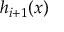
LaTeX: h _ { i + 1 } ( x )